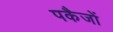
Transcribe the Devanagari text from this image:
पकैजों